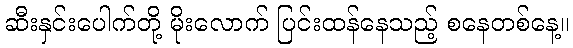
ဆီးနှင်းပေါက်တို့ မိုးလောက် ပြင်းထန်နေသည့် စနေတစ်နေ့။